DOW-UAP-D6, Mission Report, Arabian Gulf, 2020
Agency: Department of War
Incident location: Pacific Ocean
Page 3
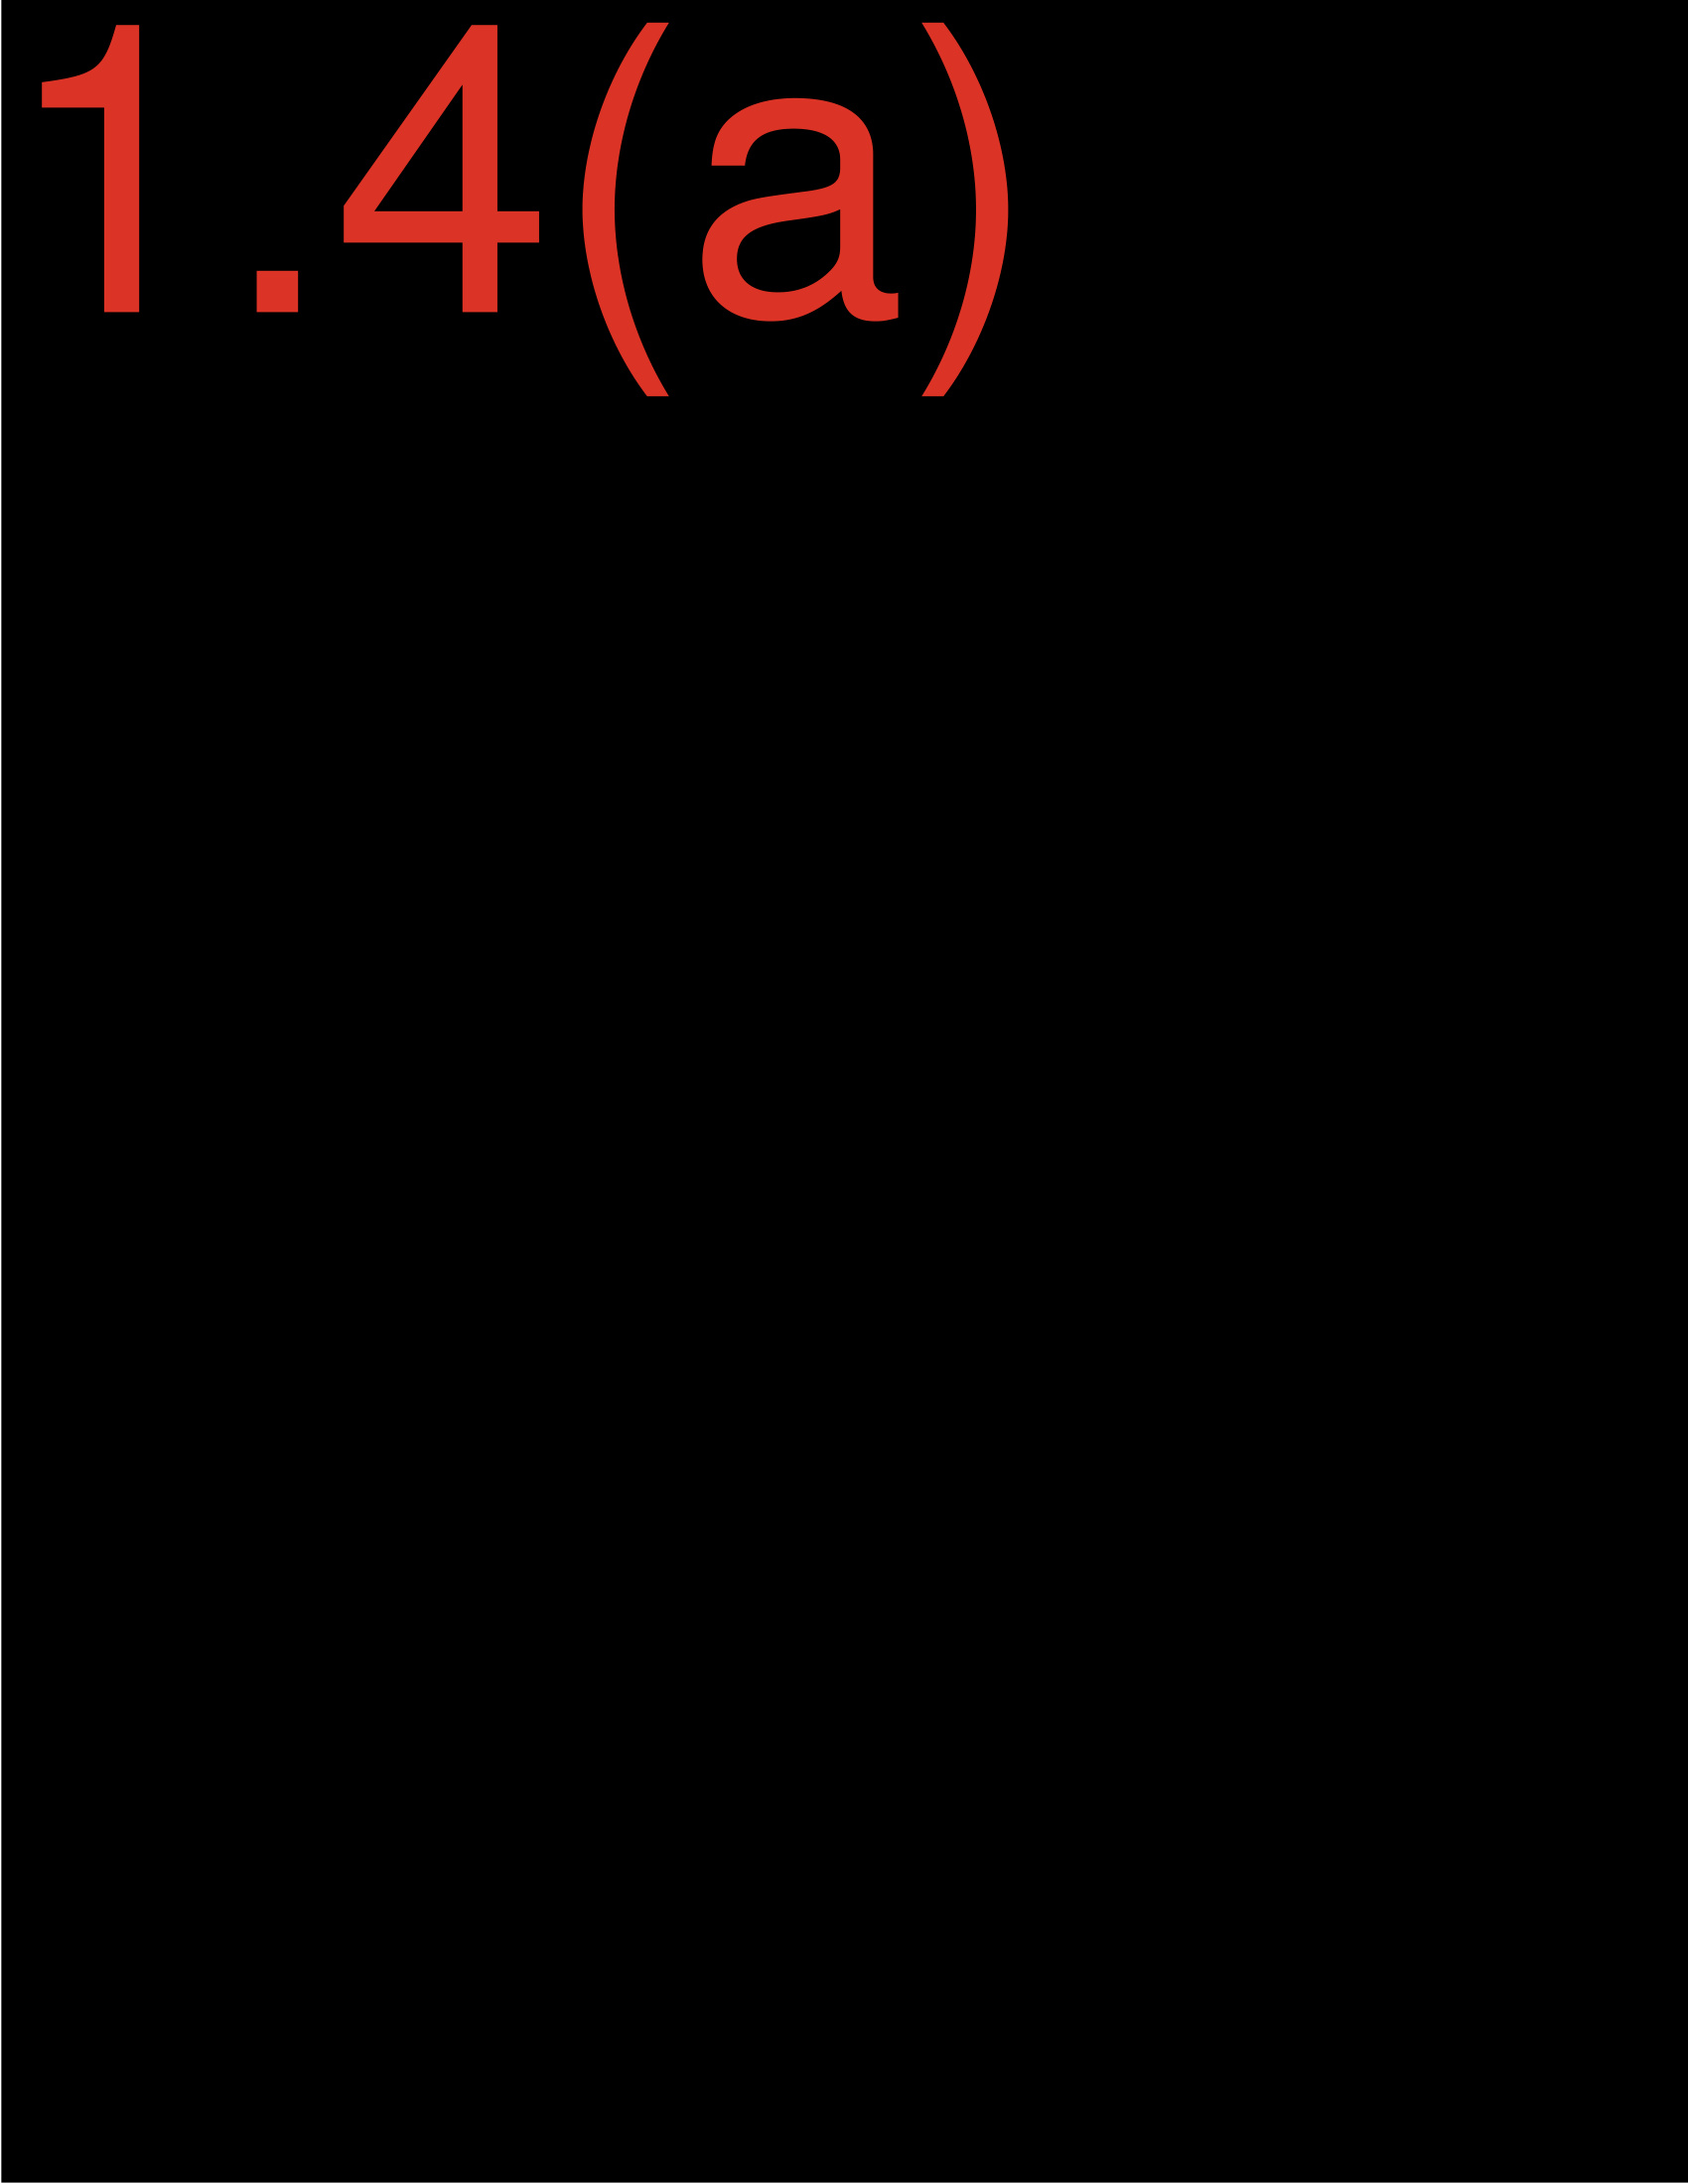